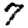
Digit: 7